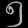
Digit: ၅